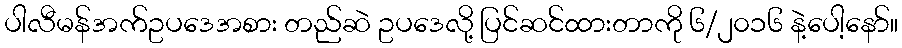
ပါလီမန်အက်ဥပဒေအစား တည်ဆဲ ဥပဒေလို့ ပြင်ဆင်ထားတာကို ၆/၂၀၁၆ နဲ့ပေါ့နော်။